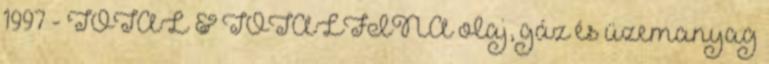
1997 - TOTAL & TOTALFINA olaj, gáz és üzemanyag